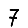
Digit: 7